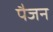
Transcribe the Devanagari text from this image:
पैजन